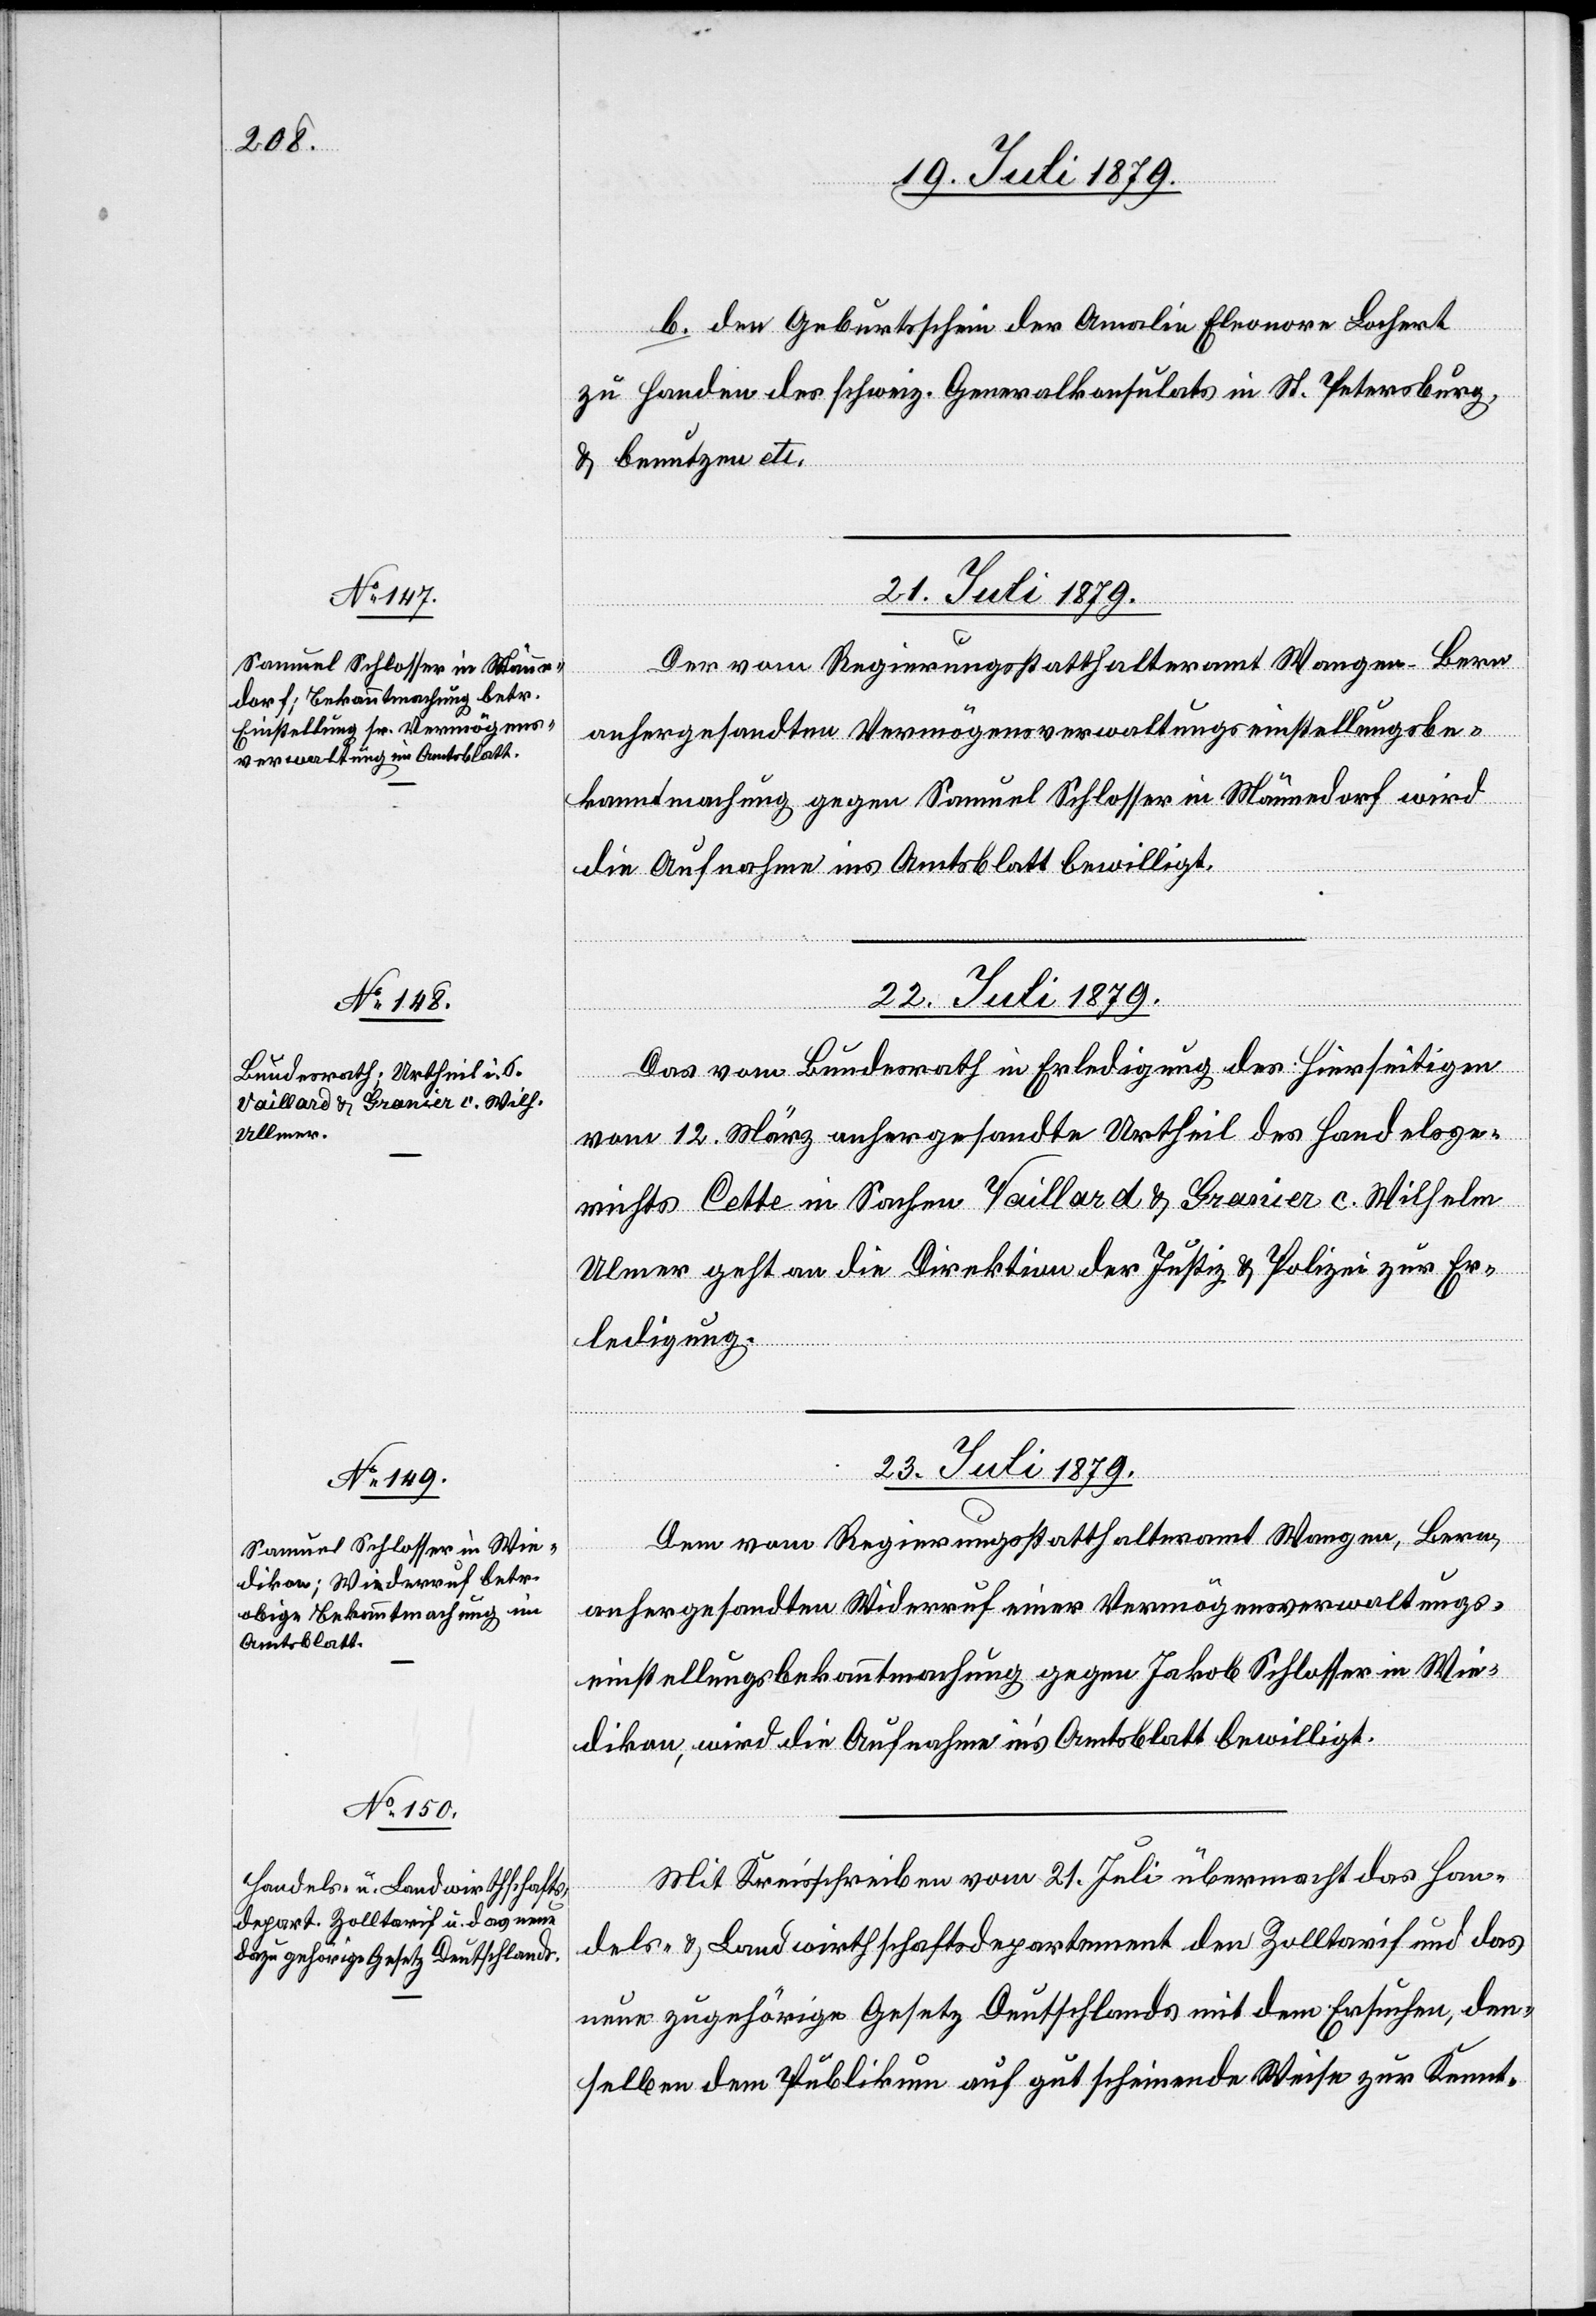
b. den Geburtsschein der Amalie Elonore Lochert
zu Handen des schweiz. Generalkonsulats in St. Petersburg
& benutzen etc.
21. Juli 1879.
Der vom Regierungsstatthalteramt Wangen - Bern
anhergesandten Vermögensverwaltungseinstellungsbe¬
kanntmachung gegen Samuel Schlosser in Männedorf wird
die Aufnahme ins Amtsblatt bewilligt.
22. Juli 1879.
Das vom Bundesrath in Erledigung des Hierseitigen
vom 12. März anhergesandte Urtheil des Handelsge¬
richts Cette in Sachen Vaillard & Granier c. Wilhelm
[sic!] geht an die Direktion der Justiz & Polizei zur Er¬
ledigung.
23. Juli 1879.]
Dem vom Regierungsstatthalteramt Wangen, Bern,
anhergesandten Widerruf einer Vermögensverwaltungs¬
einstellungsbekanntmachung gegen Jakob Schlosser in Wie¬
dikon, wird die Aufnahme in’s Amtsblatt bewilligt.
Mit Kreisschreiben vom 21. Juli übermacht das Han¬
dels- & Landwirtschaftsdepartement den Zolltarif und das
neue zugehörige Gesetz Deutschlands mit dem Ersuchen, den¬
selben dem Publikum auf gutscheinende Weise zur Kennt-